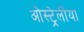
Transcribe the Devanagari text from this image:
ओस्ट्रेलीया